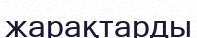
жарақтарды